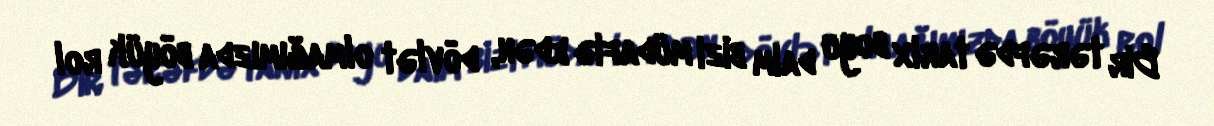
Bir tərəfdə tarix boyu daim bizi müdafiə edən, dövlət olmağımızda böyük rol